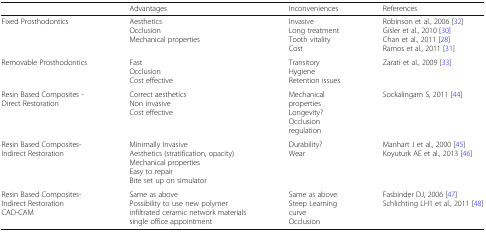
|  | Advantages | Inconveniences | References |
 | --- | --- | --- | --- |
 | Fixed Prosthodontics | AestheticsOcclusionMechanical properties | InvasiveLong treatmentTooth vitalityCost | Robinson et al., 2006 [32]Gisler et al., 2010 [30]Chan et al., 2011 [28]Ramos et al., 2011 [31] |
 | Removable Prosthodontics | FastOcclusionCost effective | TransitoryHygieneRetention issues | Zarati et al., 2009 [33] |
 | Resin Based Composites - Direct Restoration | Correct aestheticsNon invasiveCost effective | Mechanical propertiesLongevity?Occlusion regulation | Sockalingam S, 2011 [44] |
 | Resin Based Composites-Indirect Restoration | Minimally InvasiveAesthetics (stratification, opacity)Mechanical propertiesEasy to repairBite set up on simulator | Durability?Wear | Manhart J et al., 2000 [45]Koyuturk AE et al., 2013 [46] |
 | Resin Based Composites-Indirect RestorationCAD-CAM | Same as abovePossibility to use new polymer infiltrated ceramic network materialssingle office appointment | Same as aboveSteep Learning curveOcclusion | Fasbinder DJ, 2006 [47]Schlichting LH1 et al., 2011 [48] |